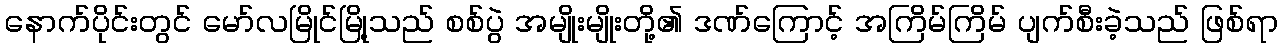
နောက်ပိုင်းတွင် မော်လမြိုင်မြို့သည် စစ်ပွဲ အမျိုးမျိုးတို့၏ ဒဏ်ကြောင့် အကြိမ်ကြိမ် ပျက်စီးခဲ့သည် ဖြစ်ရာ